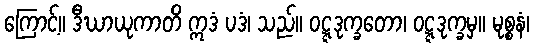
ကြောင့်။ ဒီဃာယုကာတိ ဣဒံ ပဒံ၊ သည်။ ဝဋ္ဋဒုက္ခတော၊ ဝဋ္ဋဒုက္ခမှ။ မုစ္စနံ၊